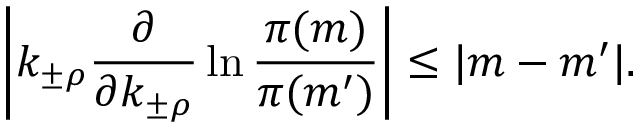
\left| k _ { \pm \rho } \frac { \partial } { \partial k _ { \pm \rho } } \ln \frac { \pi ( m ) } { \pi ( m ^ { \prime } ) } \right| \leq | m - m ^ { \prime } | .